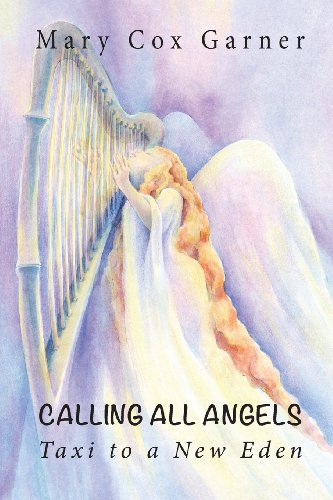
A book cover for Calling All Angels      Taxi to a New Eden; Mary Cox Garner; Christian Books & Bibles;